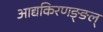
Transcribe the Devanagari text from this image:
आद्यकिरणङ्ङल्